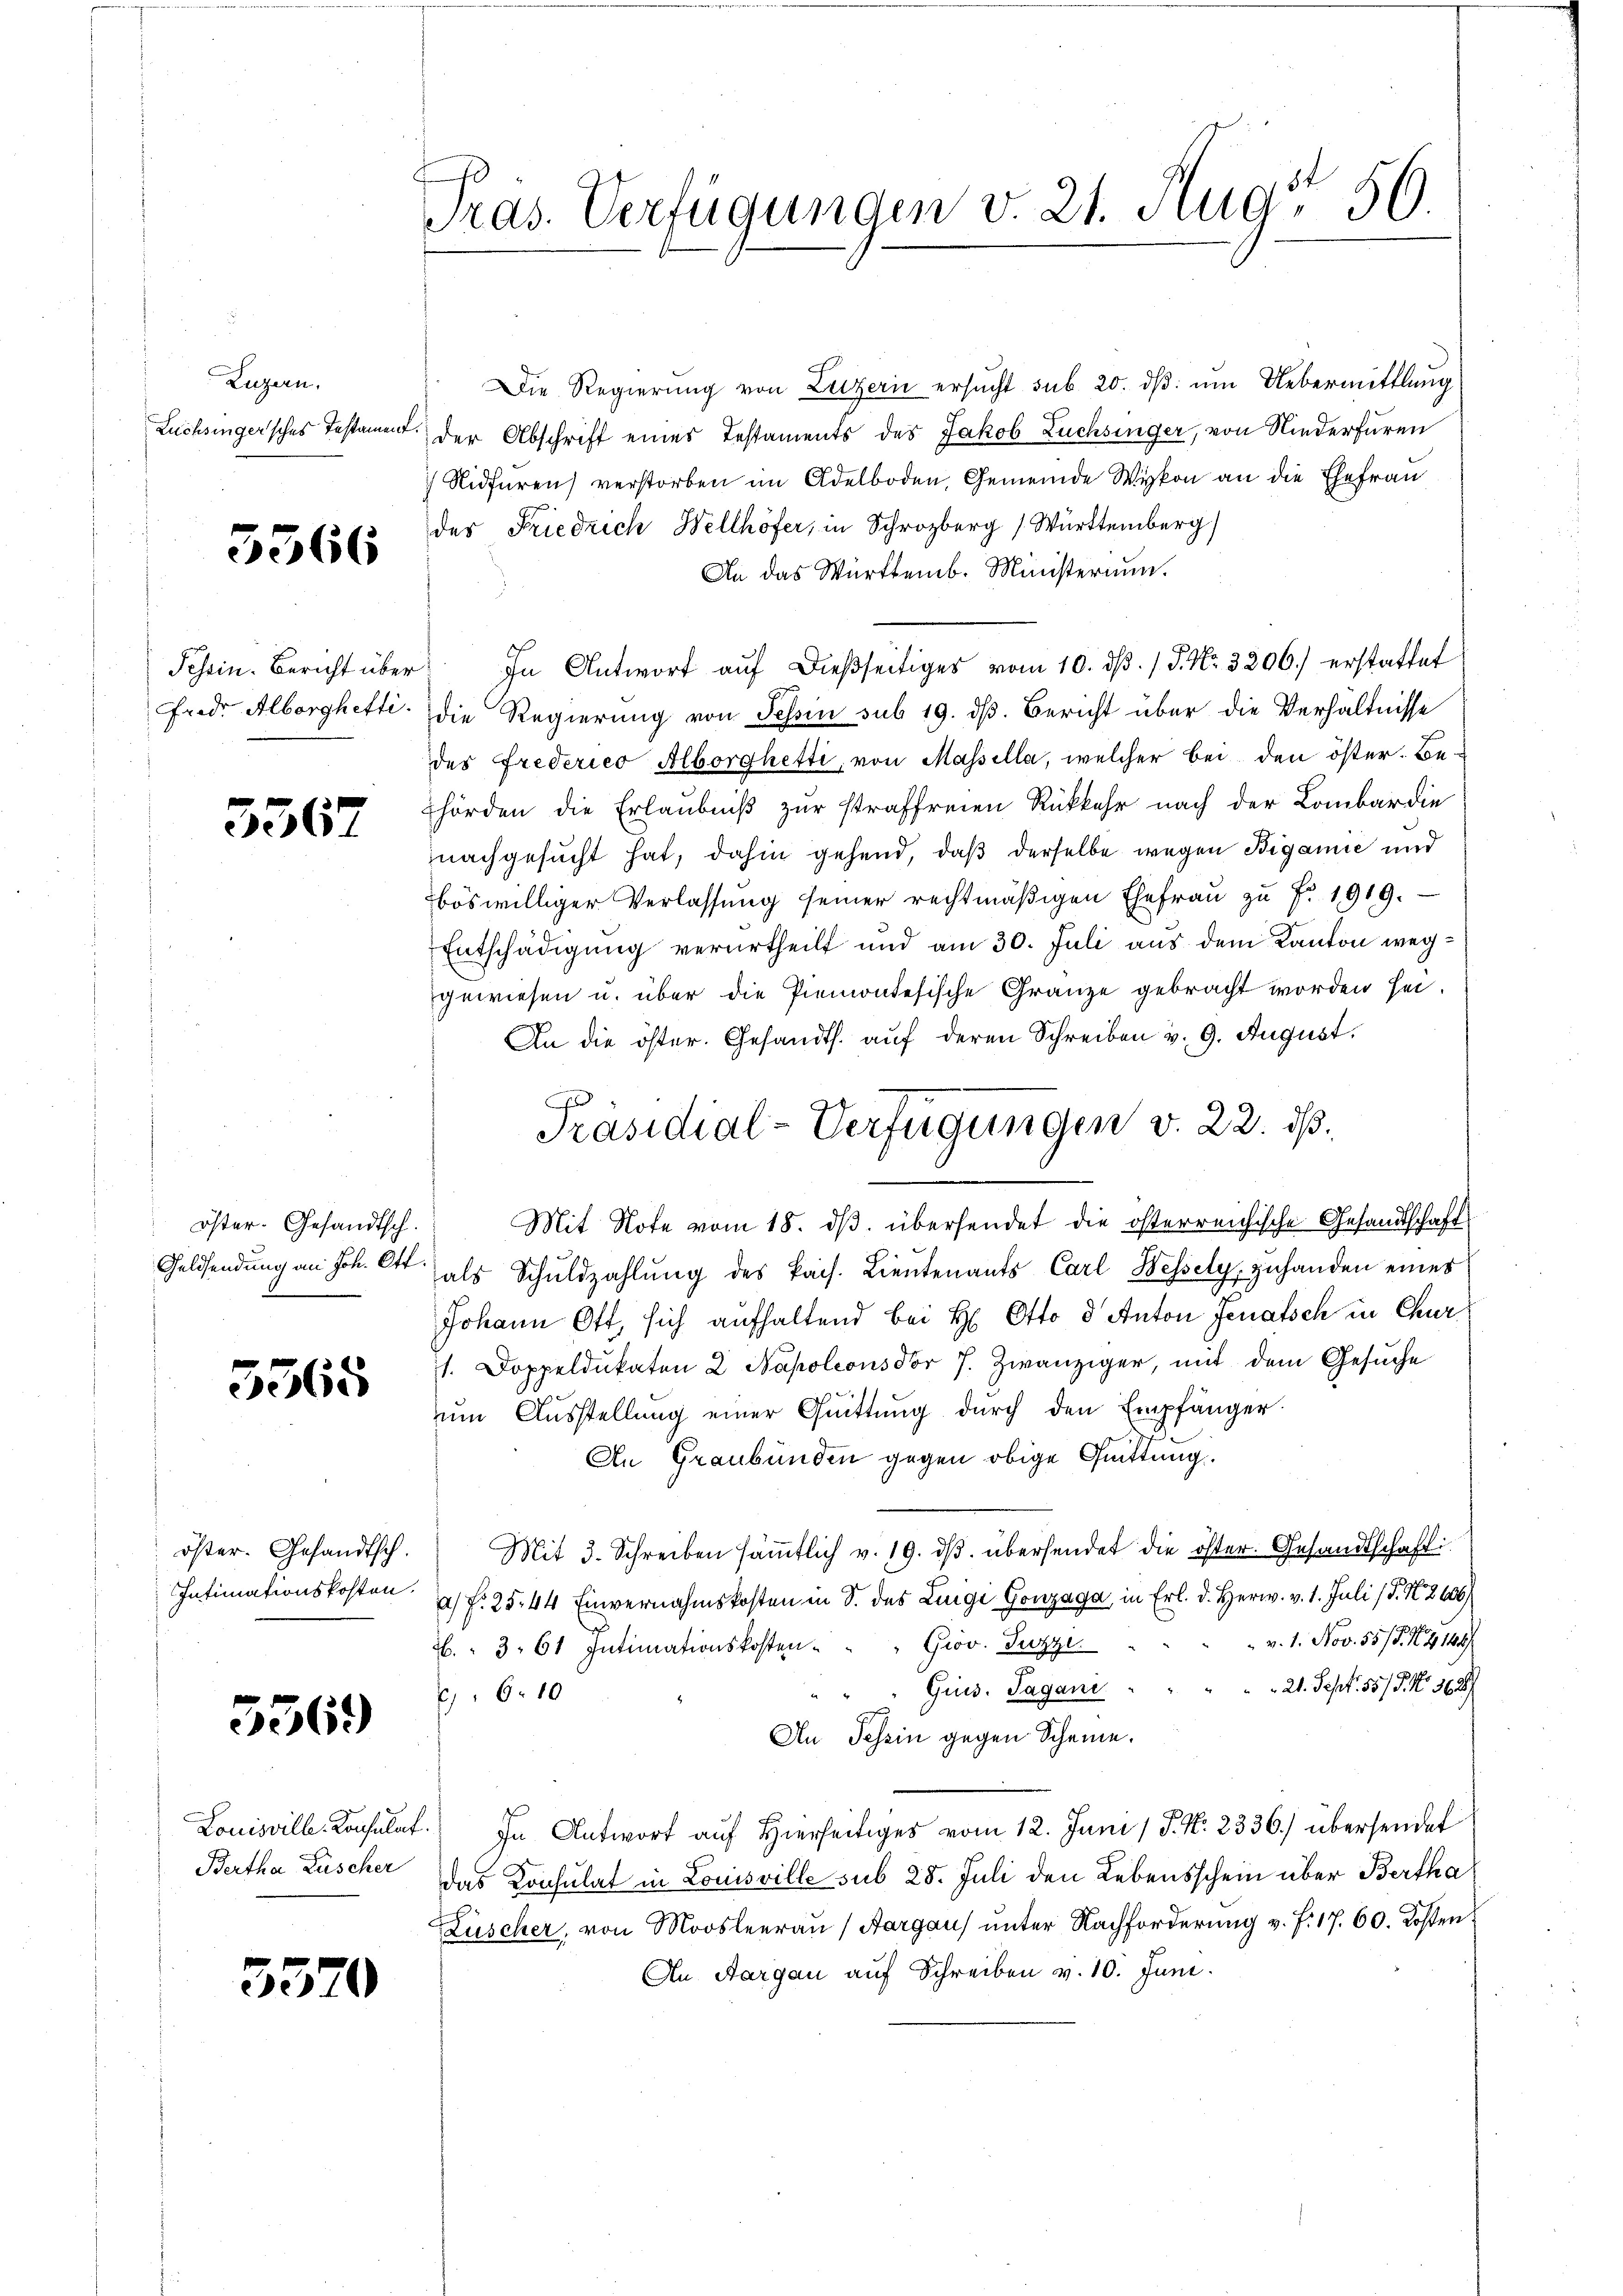
Luzern,
Lüchsingersches Testament

5566

frede Alborghetti.

3367

öster. Gesandtsch.

5365

öster. Gesandtsch.

5569

Bertha Lüscher

3570

Präs. Verfügungen v. 21. Aug. 50.

Die Regierŭng von Luzern ersŭcht sub 20. dβ ŭm Uebermittlung
der Abschrift eines Testaments des Jakob Züchsinger, von Niederfüren
Nidfüren) verstorben im Adelboden, Gemeinde Wykon an die Ehefrau
der Friedrich Wellhöfer, in Schrozberg (Württemberg
An das Württemb. Ministerium.
Schein. Bericht über In Antwort aŭf dießseitiges vom 10. dβ. / P. Nr. 3206.) erstattet
die Regierung von Tessin sub 19. dß. Bericht über die Verhältnisse
des Frederico Alborghetti, von Massella, welcher bei den öster. Be-
hörden die Erlaubniß zur straffreien Rükkehr nach der Lombardie
nachgesucht hat, dahin gehend, daß derselbe wegen Bigamie und
böswilliger Verlassŭng seiner rechtmäßigen Ehefraŭ zŭ Fr. 1919.
Entschädigung verurtheilt und am 30. Juli aus dem Kanton weggewiesen u. über die Piemontesische Gränze gebracht worden sei¬
An die öster. Gesandts. aŭf deren Schreiben v. 9. August.
x
Mit Note vom 18. dβ übersendet die österreichische Gesandtschaft
Geldsendung an Joh. C. als Schuldzahlung des kais. Lieutenants Carl Bessely, zuhanden eines
Johann Ott, sich aufhaltend bei Hr. Otto d Anton Jenatsch in Chur¬
1. Doppeldŭkaten 2 Napoleonsdor 7. Zwanziger, mit dem Gesuche
ŭm Aŭsstellung einer Quittung durch den Empfänger
An Graubünden gegen obige Quittung.
Mit 3. Schreiben sämtlich v. 19. dβ übersendet die öster. Gesandtschaft
Intimationskosten f. 25. 44 Einvernahmskosten in S. des Luigi Gonzaga in Erl. d. Herw. v. 1. Juli (T. N. 2606/
 v. 1. Nov. 55/5. G,149/
2. " 3. 61 Intimationskosten. " " Grov. Tuzzi
21. Sept. 557/9 No 362/
Gius. Sagani
610
An Tessin gegen Scheine.
Louisville-Konsulat. In Antwort aŭf Hierseitiges vom 12. Juni / J. N. 2336.) übersendet
das Konsulat in Louisville sub 28. Juli den Lebensschein über Bertha
Lüscher, von Moosleerau (Aargau unter Nachforderung v. f. 17. 60. Kosten
An Aargau auf Schreiben v. 10. Juni.

Präsidial-Verfügungen v. 22. dß.